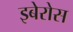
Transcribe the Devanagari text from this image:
इबेरोस